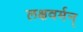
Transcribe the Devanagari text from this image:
लक्षवर्मन्‌